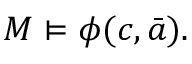
M \vDash \phi ( c , { \bar { a } } ) .